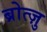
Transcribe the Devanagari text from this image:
ब्रोत्ज़ु